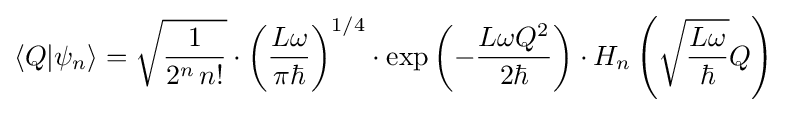
\left\langle Q|\psi _{n}\right\rangle ={\sqrt {\frac {1}{2^{n}\,n!}}}\cdot \left({\frac {L\omega }{\pi \hbar }}\right)^{1/4}\cdot \exp \left(-{\frac {L\omega Q^{2}}{2\hbar }}\right)\cdot H_{n}\left({\sqrt {\frac {L\omega }{\hbar }}}Q\right)